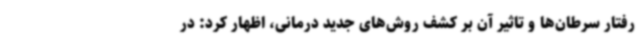
رفتار سرطان‌ها و تاثیر آن بر کشف روش‌های جدید درمانی، اظهار کرد: در